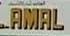
amal